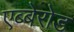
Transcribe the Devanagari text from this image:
एब्बेरोड